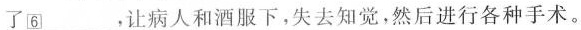
了\underline{⑥}，让病人和酒服下，失去知觉，然后进行各种手术。